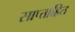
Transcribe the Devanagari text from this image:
साप्ताहित